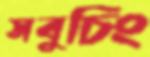
সবুচিং